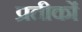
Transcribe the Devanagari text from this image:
प्रतीकोंं